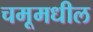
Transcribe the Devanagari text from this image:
चमूमधील